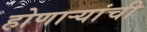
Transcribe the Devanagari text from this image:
होणार्‍यांची